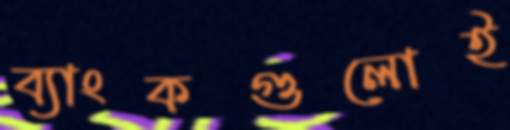
ব্যাংকগুলোই